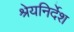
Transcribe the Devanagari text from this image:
श्रेयनिर्देश